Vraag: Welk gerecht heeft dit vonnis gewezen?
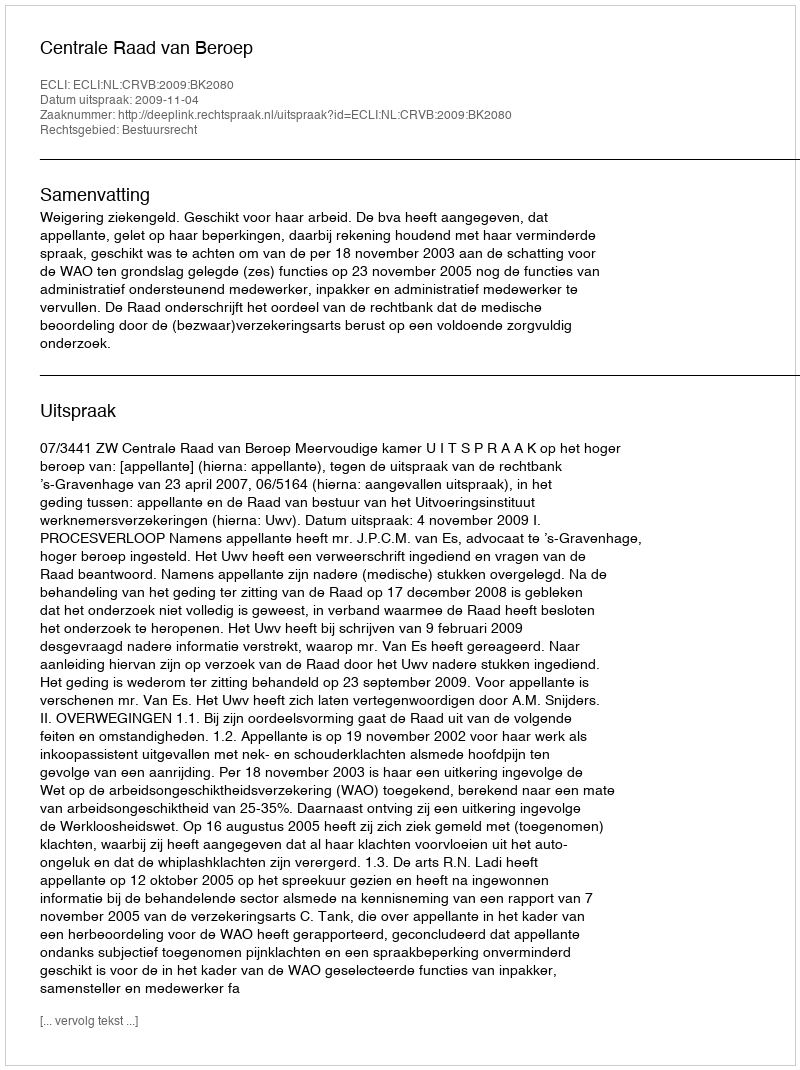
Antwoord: Centrale Raad van Beroep